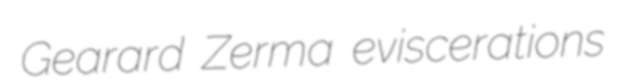
Gearard Zerma eviscerations